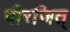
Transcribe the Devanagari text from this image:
वीरजित्